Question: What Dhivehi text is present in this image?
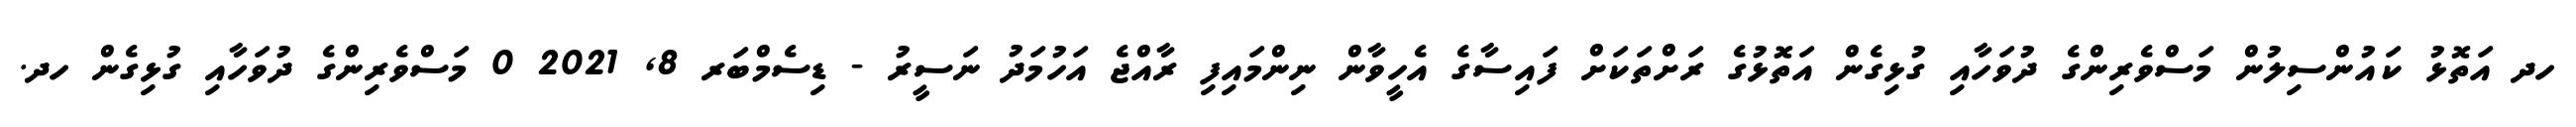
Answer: ހދ އަތޮޅު ކައުންސިލުން މަސްވެރިންގެ ދުވަހާއި ގުޅިގެން އަތޮޅުގެ ރަށްތަކަށް ފައިސާގެ އެހީވާން ނިންމައިފި ރާއްޖެ އަހުމަދު ނަސީރު - ޑިސެމްބަރ 8, 2021 0 މަސްވެރިންގެ ދުވަހާއި ގުޅިގެން ހދ.